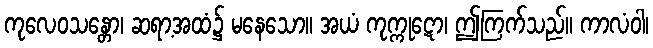
ကုလေဝသန္တော၊ ဆရာ့အထံ၌ မနေသော။ အယံ ကုက္ကုဋော၊ ဤကြက်သည်။ ကာလံဝါ၊